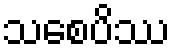
သစေပိဿ